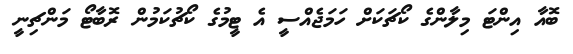
ބޮއާ އިންޓަ މިލާންގެ ކޯޗަކަށް ހަމަޖެއްސީ އެ ޓީމުގެ ކޯޗުކަމުން ރޮބާޓޯ މަންޗިނީ